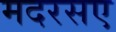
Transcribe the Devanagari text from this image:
मदरसए